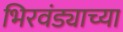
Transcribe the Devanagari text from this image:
भिरवंड्याच्या